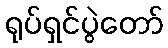
ရုပ်ရှင်ပွဲတော်